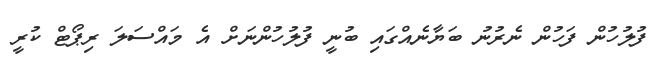
ފުލުހުން ފަހުން ނެރުނު ބަޔާނެއްގައި ބުނީ ފުލުހުންނަށް އެ މައްސަލަ ރިޕޯޓް ކުރީ